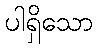
ပါရှိသော